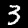
Label: 3